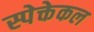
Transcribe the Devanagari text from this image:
स्पेक्तेकल